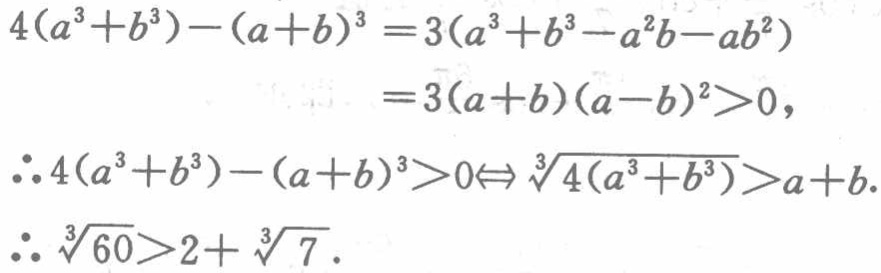
\[
\begin{align*}
4(a^{3}+b^{3})-(a + b)^{3}&=3(a^{3}+b^{3}-a^{2}b - ab^{2})\\
&=3(a + b)(a - b)^{2}>0,\\
\therefore 4(a^{3}+b^{3})-(a + b)^{3}>0&\Leftrightarrow\sqrt[3]{4(a^{3}+b^{3})}>a + b.\\
\therefore\sqrt[3]{60}&>2+\sqrt[3]{7}.
\end{align*}
\]